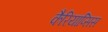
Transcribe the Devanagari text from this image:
कैरियाप्सिस